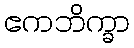
ဧကဘိက္ခာ